system: You are a helpful assistant.
user:
Analyze the provided spectrum to determine if it is a **Carbon Star (C-type)**.

- **Key Visual Indicators of Carbon Star:**
    - **(Primary):** Strong molecular absorption from **C₂ (diatomic carbon) "Swan Bands."** This is the **defining feature** of a carbon star.
        - **(Key Bandheads):** Sharp absorption edges are visible at approximately $5635$ Å, $5165$ Å (the strongest band), and $4737$ Å.
        - **(Line Profile):** Creates a distinct **"saw-tooth"** pattern. The key morphology is a sharp, steep bandhead on the **red (long-wavelength) side**, which then gradually tapers off (i.e., flux recovers) towards the **blue (short-wavelength) side**. *(This is the direct opposite of the TiO bands seen in M-type stars)*.

    - **(Secondary):** Intense **CN (cyanogen)** molecular absorption bands.
        - **(Key Bandheads):** Located in the blue and violet regions of the spectrum (e.g., near $4215$ Å and $3883$ Å).
        - **(Morphology):** These bands are extremely broad and act as a "blanket," absorbing the vast majority of blue and violet light. This creates a characteristic **"cliff"** or **"steep drop-off"** in the spectrum's flux at short wavelengths.

    - **(Key Confirmation):** Strong **CH absorption band (G-band)**.
        - **(Key Bandhead):** Located around $4300$ Å. The contribution from CH molecules to this band is exceptionally strong.

    - **(Overall Spectrum):**
        - The continuum is severely "chopped up" by these deep molecular bands, especially C₂, rather than appearing as a smooth curve.
        - Due to the heavy CN and C₂ absorption in the blue-green, the vast majority of the star's flux is concentrated in the red part of the spectrum, giving the star its characteristic deep red color.

Think first, call **spectral_visualization_tool** if needed to examine features in detail, then provide your final answer. Your response must adhere to the following strict rules:
1.  **Overall Structure:** Your response must follow the format `<think>...</think> <tool_call>...</tool_call> (if a tool is used) <answer>...</answer>`.
2.  **Tool Usage Constraint:** You may only make **one** tool call per turn.
3.  **Final Answer Format:** In the `<answer>` tag, your conclusion must be inside a `\boxed{}` command (e.g., `\boxed{YES}`), followed by your justification.

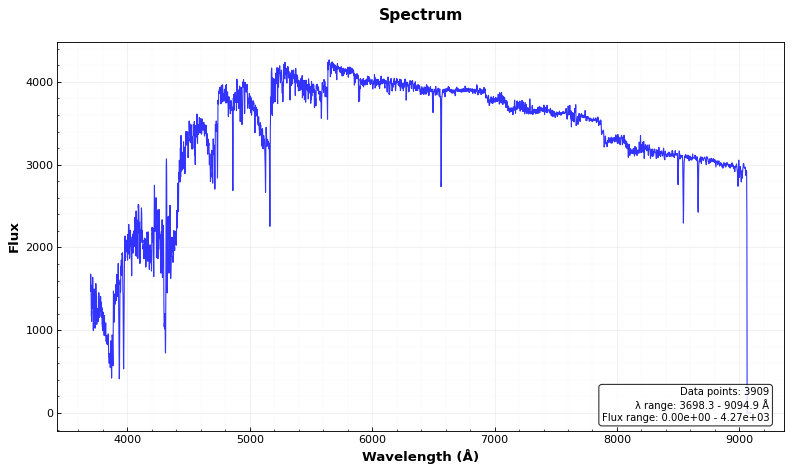
Answer: YES